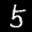
Label: 5